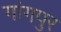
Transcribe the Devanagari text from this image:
गांगपुर